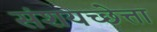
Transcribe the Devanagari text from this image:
संशयच्छेत्ता